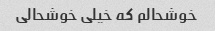
خوشحالم که خیلی خوشحالی